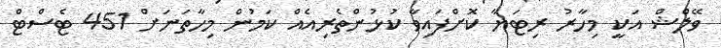
ވޭލްޝް އަަކީ މިހާރު ރިޓަޔާ ކޮށްފައިވާ ކުޅުންތެރިއެއް ކަމުން މިހާތަނަށް 451 ޓެސްޓް